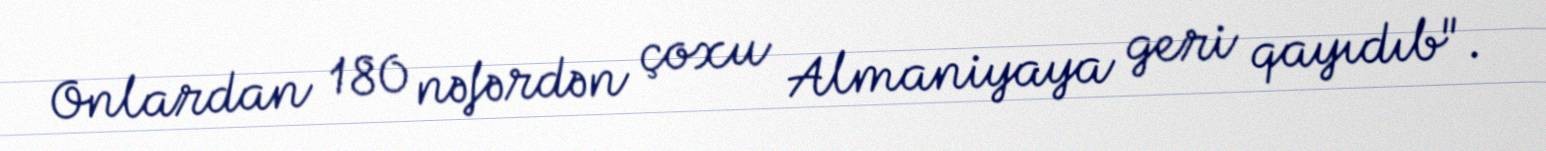
Onlardan 180 nəfərdən çoxu Almaniyaya geri qayıdıb".